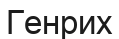
Генрих